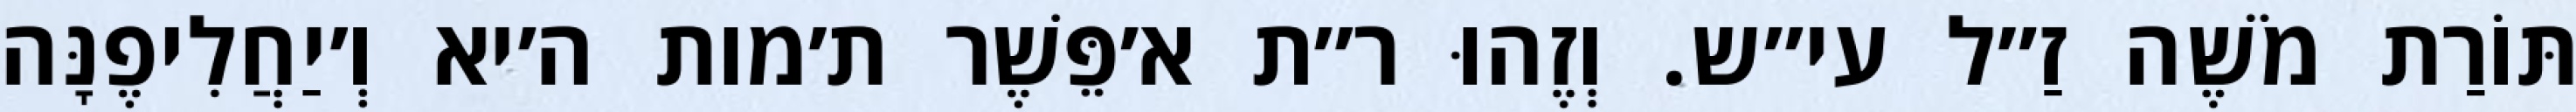
תּוֹרַת מֹשֶׁה זַ״ל עי״ש. וְזֶהוּ ר״ת א׳פֵּשֶׁר ת׳מות ה׳יא וְ׳יַחֲלִיפֶנָּה